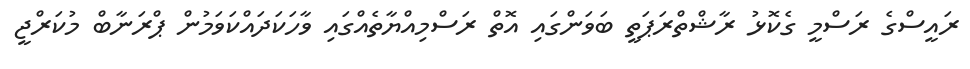
ރައީސްގެ ރަސްމީ ގެކޮޅު ރާޝްތްރަޕަތީ ބަވަންގައި އޮތް ރަސްމިއްޔާތެއްގައި ވާހަކަދައްކަވަމުން ޕްރަނާބް މުކަރްޖީ